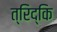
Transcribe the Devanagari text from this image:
त्रिद्कि